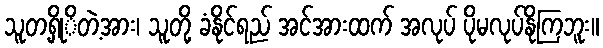
သူတ့ရှိုိတဲ့အား၊ သူတို့ ခံနိုင်ရည် အင်အားထက် အလုပ် ပိုမလုပ်နိုကြဘူး။